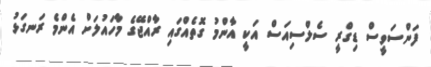
ފަންސަވީސް ޑިގްރީ ސެލްސިއަސް އަކީ އާންމު ގޮތެއްގައި ރާއްޖޭގެ މާހައުލަށް އެންމެ ރަނގަޅު